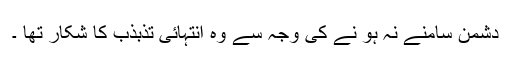
دشمن سامنے نہ ہو نے کی وجہ سے وہ انتہائی تذبذب کا شکار تھا ۔